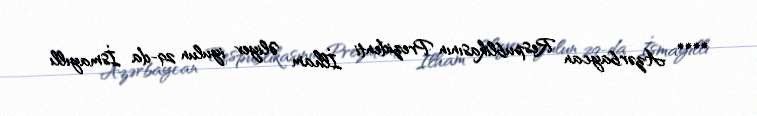
**** Azərbaycan Respublikasının Prezidenti İlham Əliyev iyulun 29-da İsmayıllı